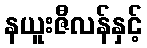
နယူးဇီလန်နှင့်